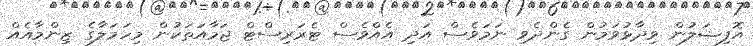
އޮފިޝަލުން ވިދާޅުވަމުން ގެންދެވި ނަމަވެސް އަދި އެއްވެސް ޓެރަރިސްޓް ޖަމާއަތަކުން މިހަމަލާގެ ޒިންމާއެއް